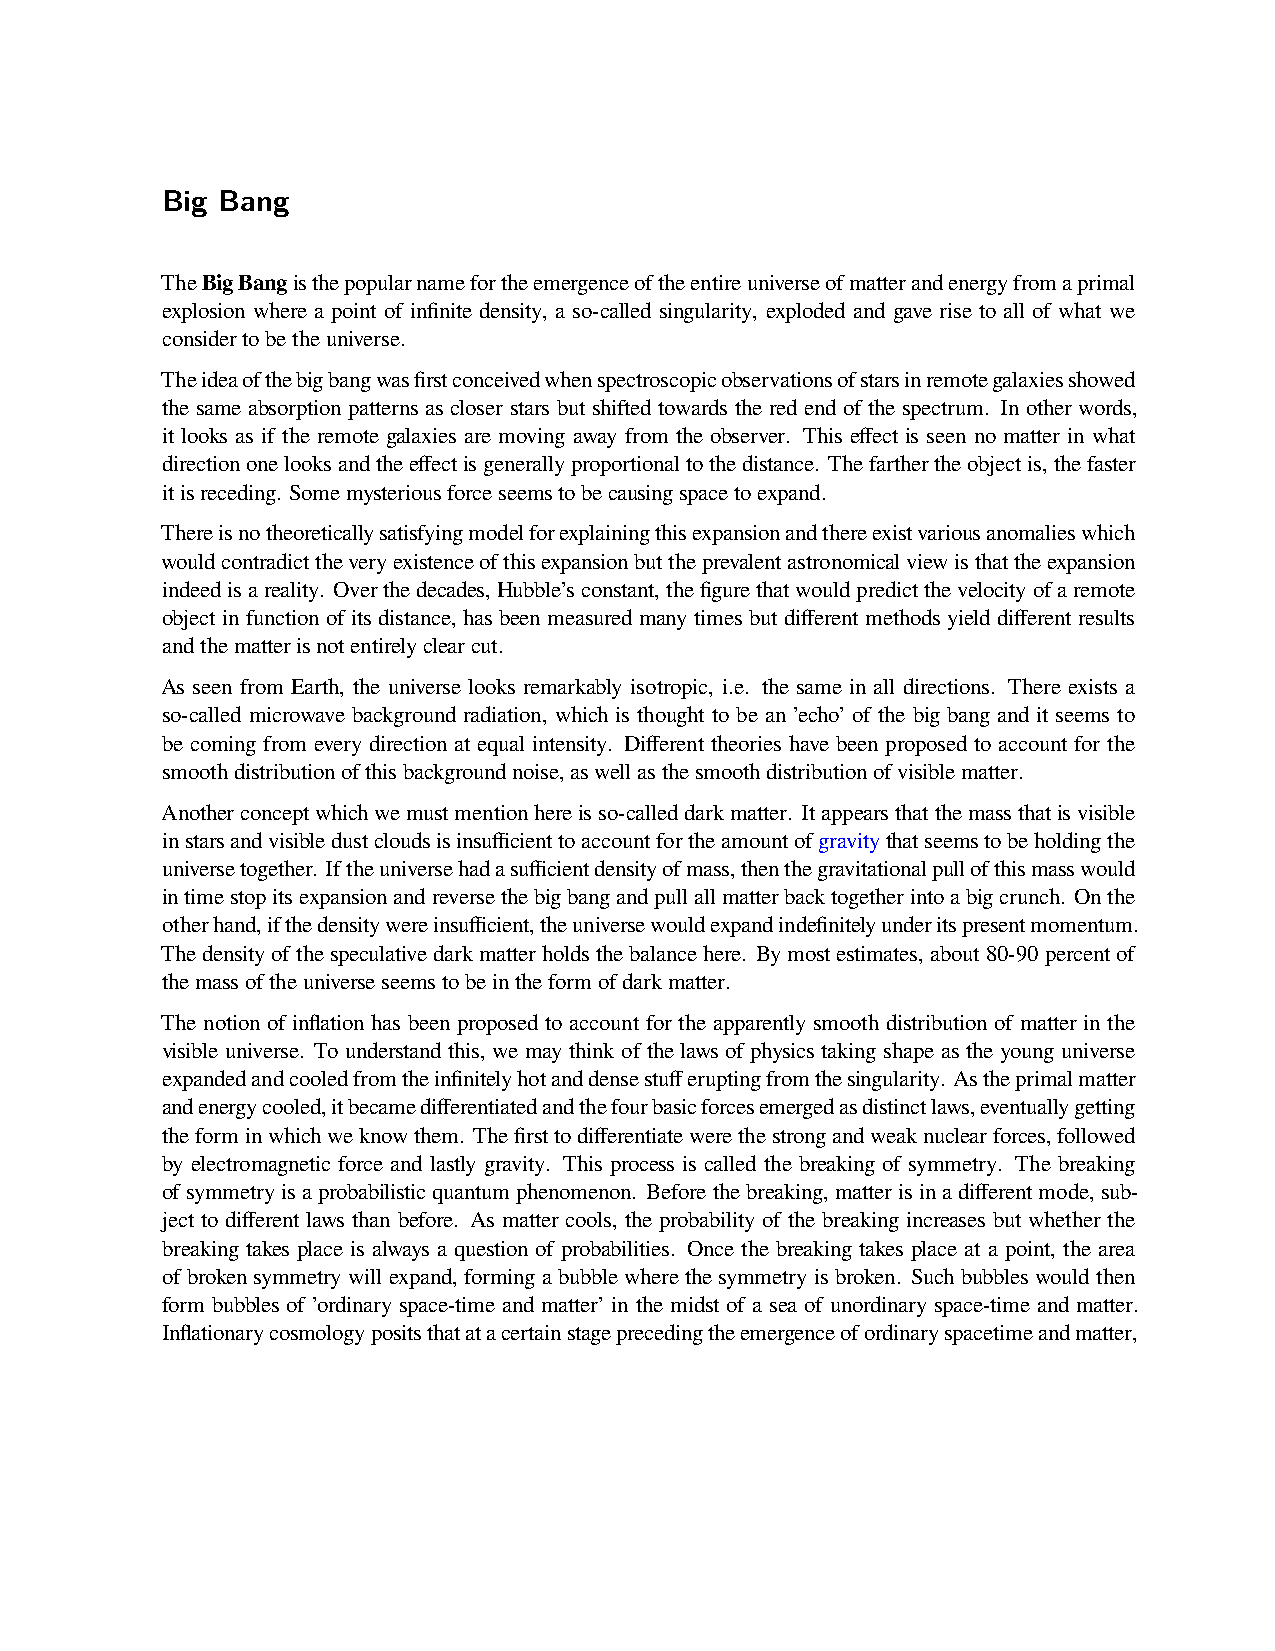
Big Bang
 TheBigBangisthepopularnamefortheemergenceoftheentireuniverseofmatterandenergyfromaprimal
 explosion where a point of infinite density, a so-called singularity, exploded and gave rise to all of what we
 considertobetheuniverse.
 Theideaofthebigbangwasfirstconceivedwhenspectroscopicobservationsofstarsinremotegalaxiesshowed
 the same absorption patterns as closer stars but shifted towards the red end of the spectrum. In other words,
 it looks as if the remote galaxies are moving away from the observer. This effect is seen no matter in what
 directiononelooksandtheeffectisgenerallyproportionaltothedistance. Thefarthertheobjectis,thefaster
 itisreceding. Somemysteriousforceseemstobecausingspacetoexpand.
 Thereisnotheoreticallysatisfyingmodelforexplainingthisexpansionandthereexistvariousanomalieswhich
 wouldcontradicttheveryexistenceofthisexpansionbuttheprevalentastronomicalviewisthattheexpansion
 indeedisareality. Overthedecades,Hubble’sconstant,thefigurethatwouldpredictthevelocityofaremote
 object in function of its distance, has been measured many times but different methods yield different results
 andthematterisnotentirelyclearcut.
 As seen from Earth, the universe looks remarkably isotropic, i.e. the same in all directions. There exists a
 so-called microwave background radiation, which is thought to be an ’echo’ of the big bang and it seems to
 be coming from every direction at equal intensity. Different theories have been proposed to account for the
 smoothdistributionofthisbackgroundnoise,aswellasthesmoothdistributionofvisiblematter.
 Anotherconceptwhichwemustmentionhereisso-calleddarkmatter. Itappearsthatthemassthatisvisible
 instarsandvisibledustcloudsisinsufficienttoaccountfortheamountofgravitythatseemstobeholdingthe
 universetogether. Iftheuniversehadasufficientdensityofmass,thenthegravitationalpullofthismasswould
 intimestopitsexpansionandreversethebigbangandpullallmatterbacktogetherintoabigcrunch. Onthe
 otherhand,ifthedensitywereinsufficient,theuniversewouldexpandindefinitelyunderitspresentmomentum.
 Thedensityofthespeculativedarkmatterholdsthebalancehere. Bymostestimates,about80-90percentof
 themassoftheuniverseseemstobeintheformofdarkmatter.
 The notion of inflation has been proposed to account for the apparently smooth distribution of matter in the
 visible universe. To understand this, we may think of the laws of physics taking shape as the young universe
 expandedandcooledfromtheinfinitelyhotanddensestufferuptingfromthesingularity. Astheprimalmatter
 andenergycooled,itbecamedifferentiatedandthefourbasicforcesemergedasdistinctlaws,eventuallygetting
 theforminwhichweknowthem. Thefirsttodifferentiatewerethestrongandweaknuclearforces,followed
 by electromagnetic force and lastly gravity. This process is called the breaking of symmetry. The breaking
 ofsymmetryisaprobabilisticquantumphenomenon. Beforethebreaking,matterisinadifferentmode,sub-
 ject to different laws than before. As matter cools, the probability of the breaking increases but whether the
 breaking takes place is always a question of probabilities. Once the breaking takes place at a point, the area
 of broken symmetry will expand, forming a bubble where the symmetry is broken. Such bubbles would then
 form bubbles of ’ordinary space-time and matter’ in the midst of a sea of unordinary space-time and matter.
 Inflationarycosmologypositsthatatacertainstageprecedingtheemergenceofordinaryspacetimeandmatter,